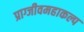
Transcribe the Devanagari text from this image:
प्राग्जीवमहाकल्प